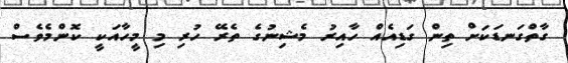
ގާތްގަނޑަކަށް ތިން ގަޑިއެއް ހާއިރު މެޝިނުގެ ތެރޭ ހުރި މި މީހާއަކީ ކޮންމެވެސް